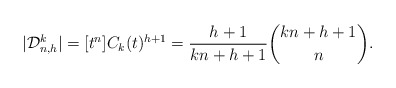
\begin{align*}\vert \mathcal{D}_{n,h}^k \vert = [t^n] C_k(t)^{h+1} = \frac{h+1}{kn+h+1} \binom{kn+h+1}{n}.\end{align*}